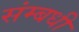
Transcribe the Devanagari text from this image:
संम्बधी